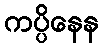
ကပ္ပိနေန